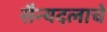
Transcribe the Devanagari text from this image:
सैन्यदलाचे